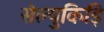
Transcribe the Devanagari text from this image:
सेल्युकिड़ि